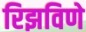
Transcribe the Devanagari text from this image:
रिझविणे